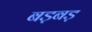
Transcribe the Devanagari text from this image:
बड़बड़